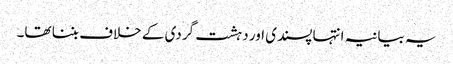
یہ بیانیہ انتہا پسندی اور دہشت گردی کے خلاف بننا تھا۔